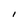
Character: I